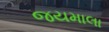
જયમાલા